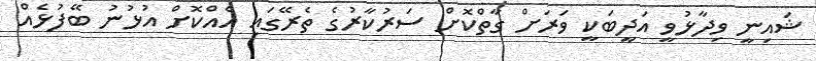
ޝައިނީ ވިދާޅުވީ އަދީބަކީ ވަރަށް ގާތްކޮށް ސަރުކާރުގެ ތެރޭގައި އެއްކޮށް އުޅުނު ބޭފުޅެއް